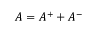
A = A ^ { + } + A ^ { - }